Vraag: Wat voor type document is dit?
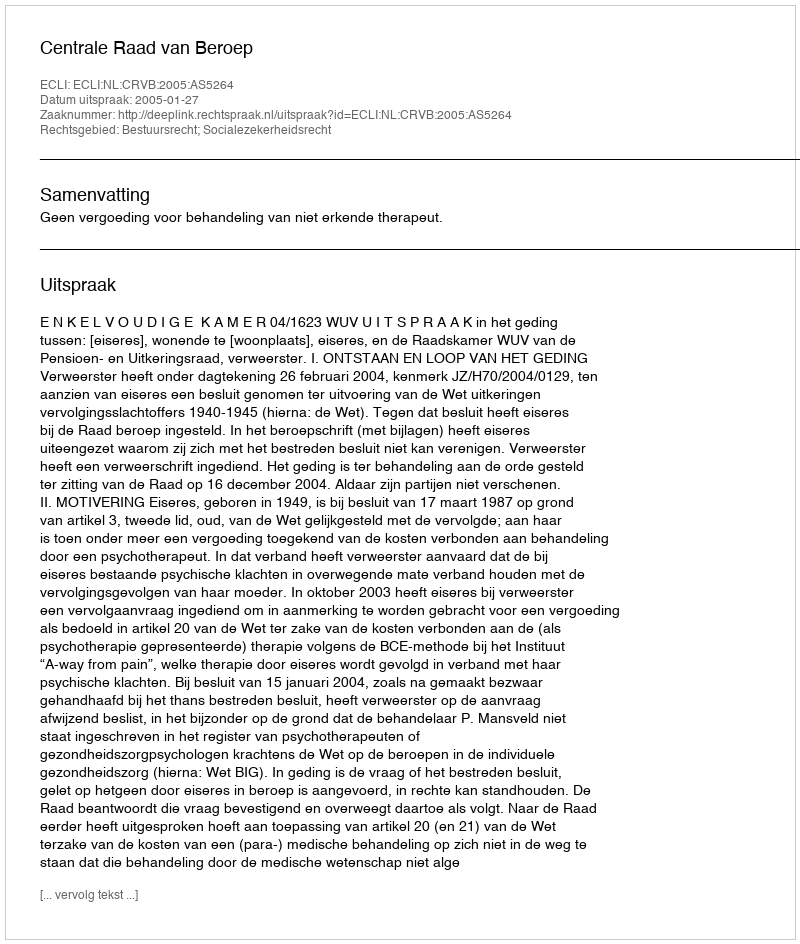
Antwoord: Uitspraak